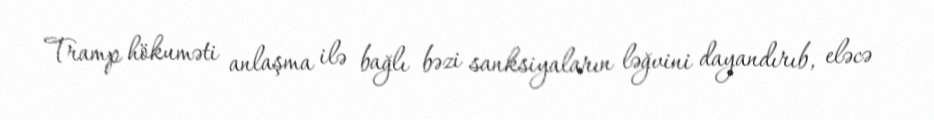
Tramp hökuməti anlaşma ilə bağlı bəzi sanksiyaların ləğvini dayandırıb, eləcə